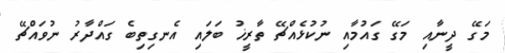
މަގޭ ދީނާއި މަގޭ ގައުމާއި ނުކުޅެއްޗޭ ތާރީޚު ބަލައި އެނގިތިބެ ގައްދާރު ނުވައްޗޭ